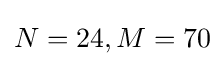
N=24,M=70